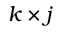
k \times j